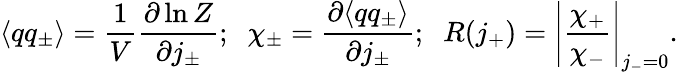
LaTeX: \langle qq_{\pm}\rangle={\frac{1}{V}}{\frac{\partial\ln Z}{\partial j_{\pm}}};\; \; \chi_{\pm}={\frac{\partial\langle qq_{\pm}\rangle}{\partial j_{\pm}}};\; \; R(j_{+})=\left\vert{\frac{\chi_{+}}{\chi_{-}}}\right\vert_{j_{-}=0}.